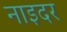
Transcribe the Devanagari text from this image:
नाइदर